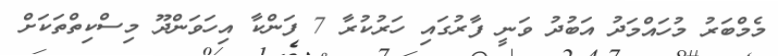
މެމްބަރު މުހައްމަދު އަބުދު ވަނީ ފާރުގައި ހަރުކުރާ 7 ފަންކާ އިހަވަންދޫ މިސްކިތްތަކަށް